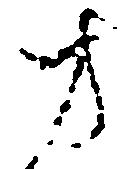
方